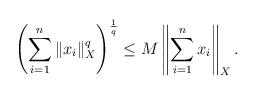
LaTeX: \begin{align*} \left(\sum_{i=1}^n \|x_i\|_{X}^q \right)^{\frac{1}{q}} \le M \left\|\sum_{i=1}^n x_i \right\| _{X}. \end{align*}